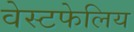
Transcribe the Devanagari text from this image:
वेस्टफेलिय